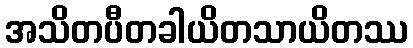
အသိတပီတခါယိတသာယိတဿ